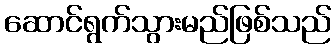
ဆောင်ရွက်သွားမည်ဖြစ်သည်